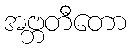
အဗ္ဘတီတော